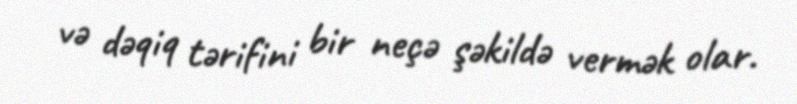
və dəqiq tərifini bir neçə şəkildə vermək olar.